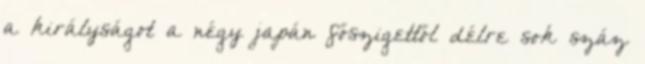
a királyságot a négy japán főszigettől délre sok száz